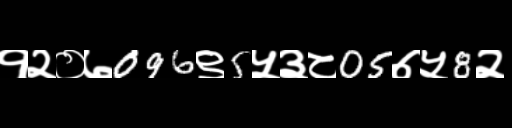
Text: १२०७096९5५३८05७५8२